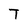
Character: T